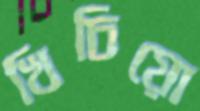
খিচিয়ো